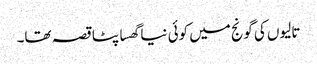
تالیوں کی گونج میں کوئی نیا گھسا پٹا قصہ تھا۔